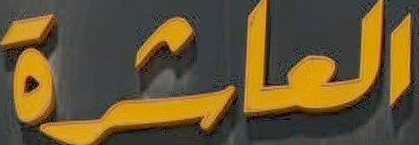
العاشرة